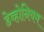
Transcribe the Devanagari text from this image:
डेव्होनियम